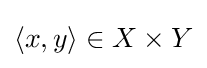
\langle x,y\rangle \in X\times Y